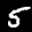
Label: 5